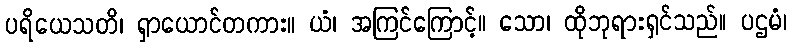
ပရိယေသတိ၊ ရှာယောင်တကား။ ယံ၊ အကြင်ကြောင့်။ သော၊ ထိုဘုရားရှင်သည်။ ပဌမံ၊